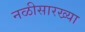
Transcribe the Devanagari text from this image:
नळीसारख्या